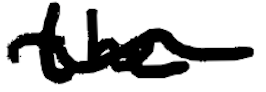
Text: the
Cross-out: wave
Writing tool: digital_black